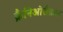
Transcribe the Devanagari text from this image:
क्रैनिओसैक्रल